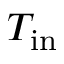
T _ { \mathrm { i n } }